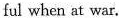
ful when at war.